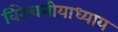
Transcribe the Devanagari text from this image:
विरेचनीयाध्याय